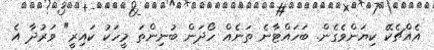
އެއްޗެކޭ ކިޔަންވެގެން. ބަހައްޓާނެ ތަނެއް ހޯދަން ބުނިންތަ މީހަކު ކައިރީ" ވަރުދާ އެ